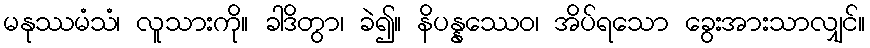
မနုဿမံသံ၊ လူသားကို။ ခါဒိတွာ၊ ခဲ၍။ နိပန္နဿေဝ၊ အိပ်ရသော ခွေးအားသာလျှင်။